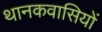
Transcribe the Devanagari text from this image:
थानकवासियों